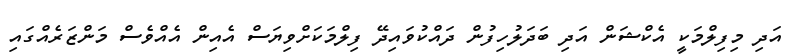
އަދި މިފިލްމަކީ އެކްޝަން އަދި ބަދަލުހިފުން ދައްކުވައިދޭ ފިލްމަކަށްވިޔަސް އެއިން އެއްވެސް މަންޒަރެއްގައި